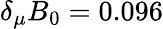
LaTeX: \delta_{\mu}B_{0}=0.096